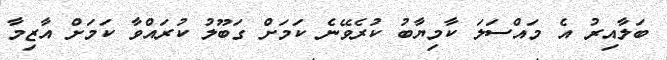
ބަލާއިރު އެ މައްސަލަ ކާމިޔާބު ކުރެވޭނެ ކަމަށް ގަބޫލު ކުރައްވާ ކަމަށް އާޒިމާ